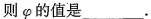
则\varphi 的值是___.